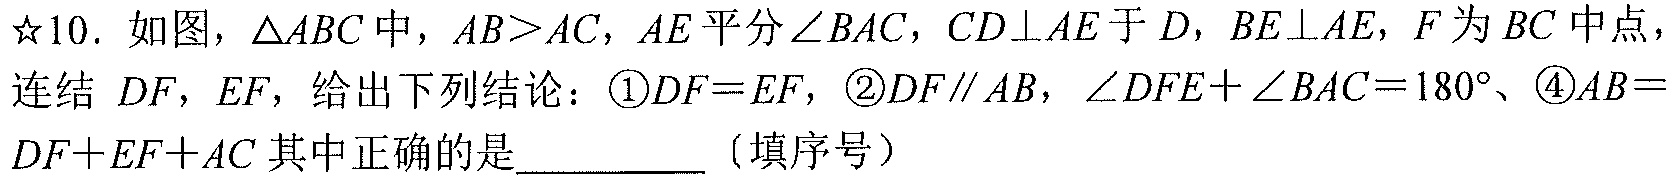
☆10. 如图，$\triangle ABC$中，$AB>AC$，$AE$平分$\angle BAC$，$CD\perp AE$于$D$，$BE\perp AE$，$F$为$BC$中点，
连结 $DF$，$EF$，给出下列结论：\textcircled{1}$DF = EF$，\textcircled{2}$DF\parallel AB$，$\angle DFE+\angle BAC = 180^{\circ}$、\textcircled{4}$AB =$
$DF + EF+AC$其中正确的是__________（填序号）